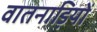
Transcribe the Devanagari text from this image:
वातनाड़ियों